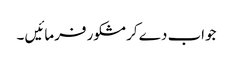
جواب دے کر مشکور فرمائیں ۔